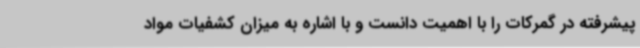
پیشرفته در گمرکات را با اهمیت دانست و با اشاره به میزان کشفیات مواد